Indian journal of veterinary science and animal husbandry - Volume 1,
Year: 1931
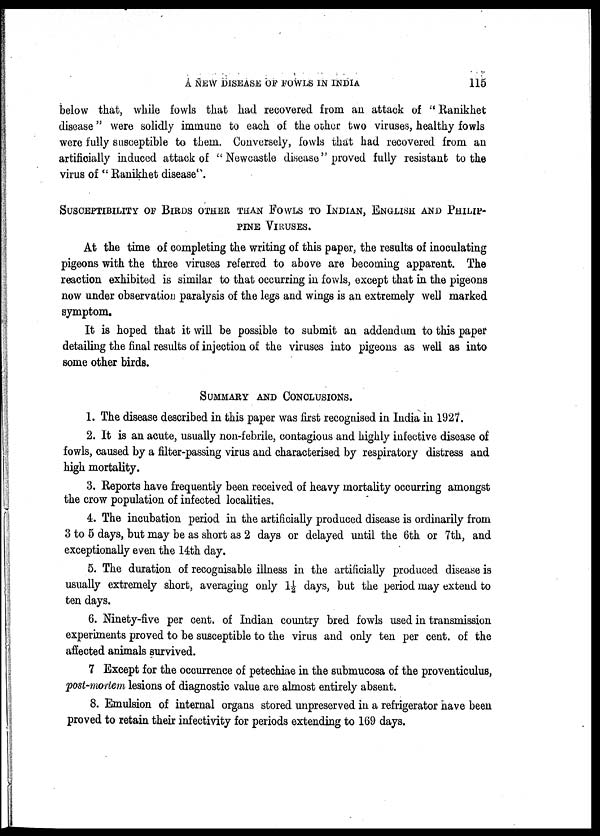
A NEW DISEASE OF FOWLS IN INDIA
115
below that, while fowls that had recovered from an attack of " Ranikhet
disease" were solidly immune to each of the other two viruses, healthy fowls
were fully susceptible to them. Conversely, fowls that had recovered from an
artificially induced attack of "Newcastle disease" proved fully resistant to the
virus of "Ranikhet disease".
SUSCEPTIBILITY OF BIRDS OTHER THAN FOWLS TO INDIAN, ENGLISH AND PHILIP¬
PINE VIRUSES.
At the time of completing the writing of this paper, the results of inoculating
pigeons with the three viruses referred to above are becoming apparent. The
reaction exhibited is similar to that occurring in fowls, except that in the pigeons
now under observation paralysis of the legs and wings is an extremely well marked
symptom.
It is hoped that it will be possible to submit an addendum to this paper
detailing the final results of injection of the viruses into pigeons as well as into
some other birds.
SUMMARY AND CONCLUSIONS.
1. The disease described in this paper was first recognised in India in 1927.
2. It is an acute, usually non-febrile, contagious and highly infective disease of
fowls, caused by a filter-passing virus and characterised by respiratory distress and
high mortality.
3. Reports have frequently been received of heavy mortality occurring amongst
the crow population of infected localities.
4. The incubation period in the artificially produced disease is ordinarily from
3 to 5 days, but may be as short as 2 days or delayed until the 6th or 7th, and
exceptionally even the 14th day.
5. The duration of recognisable illness in the artificially produced disease is
usually extremely short, averaging only 1½ days, but the period may extend to
ten days.
6. Ninety-five per cent. of Indian country bred fowls used in transmission
experiments proved to be susceptible to the virus and only ten per cent. of the
affected animals survived.
7 Except for the occurrence of petechiae in the submucosa of the proventiculus,
post-mortem lesions of diagnostic value are almost entirely absent.
8. Emulsion of internal organs stored unpreserved in a refrigerator have been
proved to retain their infectivity for periods extending to 169 days.